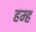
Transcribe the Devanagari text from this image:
हम्ह